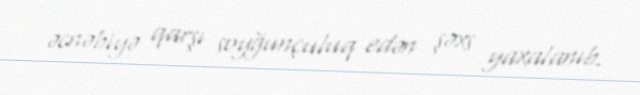
əcnəbiyə qarşı soyğunçuluq edən şəxs yaxalanıb.